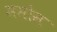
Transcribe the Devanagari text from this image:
मसोस